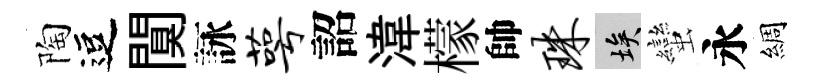
陶逗闃詠萼詔湋檬帥珠埃蠻永綢